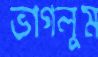
ভাগলুম